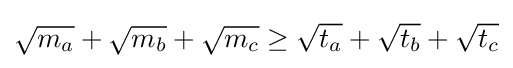
{\sqrt {m_{a}}}+{\sqrt {m_{b}}}+{\sqrt {m_{c}}}\geq {\sqrt {t_{a}}}+{\sqrt {t_{b}}}+{\sqrt {t_{c}}}